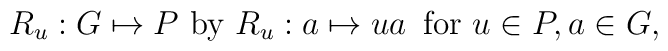
R_{u}:G \mapsto P \mbox{ by } R_{u}: a \mapsto ua \,\mbox{ for } u \in P, a\in G,